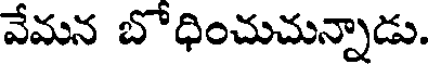
వేమన బోధించుచున్నాడు.